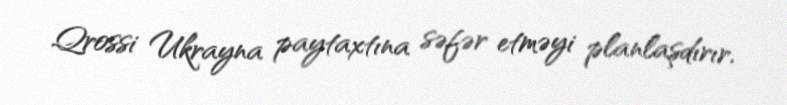
Qrossi Ukrayna paytaxtına səfər etməyi planlaşdırır.